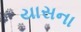
યાસના